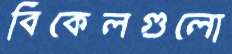
বিকেলগুলো